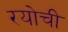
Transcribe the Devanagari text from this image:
रयोची